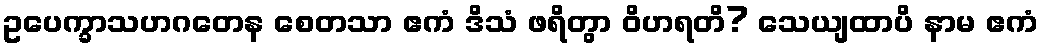
ဥပေက္ခာသဟဂတေန စေတသာ ဧကံ ဒိသံ ဖရိတွာ ဝိဟရတိ? သေယျထာပိ နာမ ဧကံ